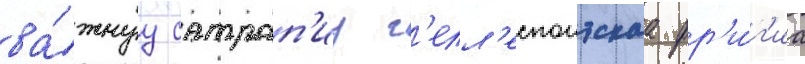
ва́жнуу сатрап'иу г'елл'еспонтскаа фр'и́г'иа